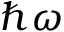
\hbar \omega